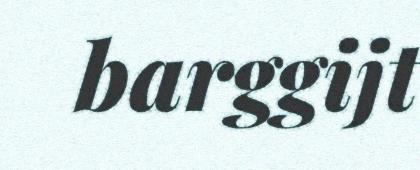
barggijt